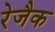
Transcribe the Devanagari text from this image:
रेजैक